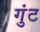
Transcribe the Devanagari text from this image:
गुंट